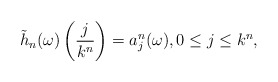
\begin{align*}\tilde h_n(\omega) \left( \frac{j}{k^n} \right) = a_j^n(\omega), 0\leq j\leq k^n ,\end{align*}